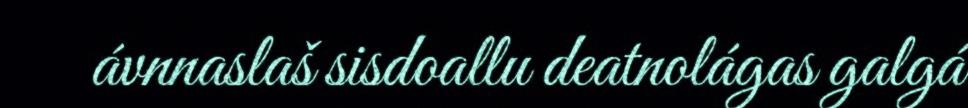
ávnnaslaš sisdoallu deatnolágas galgá